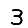
Digit: 3